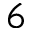
6